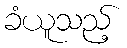
ခံယူသည့်